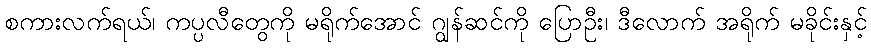
စကားလက်ရယ်၊ ကပ္ပလီတွေကို မရိုက်အောင် ဂျွန်ဆင်ကို ပြောဦး၊ ဒီလောက် အရိုက် မခိုင်းနှင့်